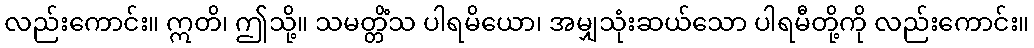
လည်းကောင်း။ ဣတိ၊ ဤသို့။ သမတ္တိံသ ပါရမိယော၊ အမျှသုံးဆယ်သော ပါရမီတို့ကို လည်းကောင်း။